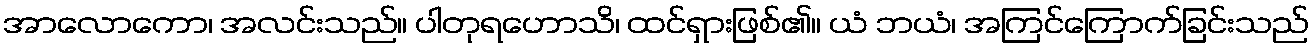
အာလောကော၊ အလင်းသည်။ ပါတုရဟောသိ၊ ထင်ရှားဖြစ်၏။ ယံ ဘယံ၊ အကြင်ကြောက်ခြင်းသည်